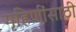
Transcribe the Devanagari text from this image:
गृहिणींसाठी